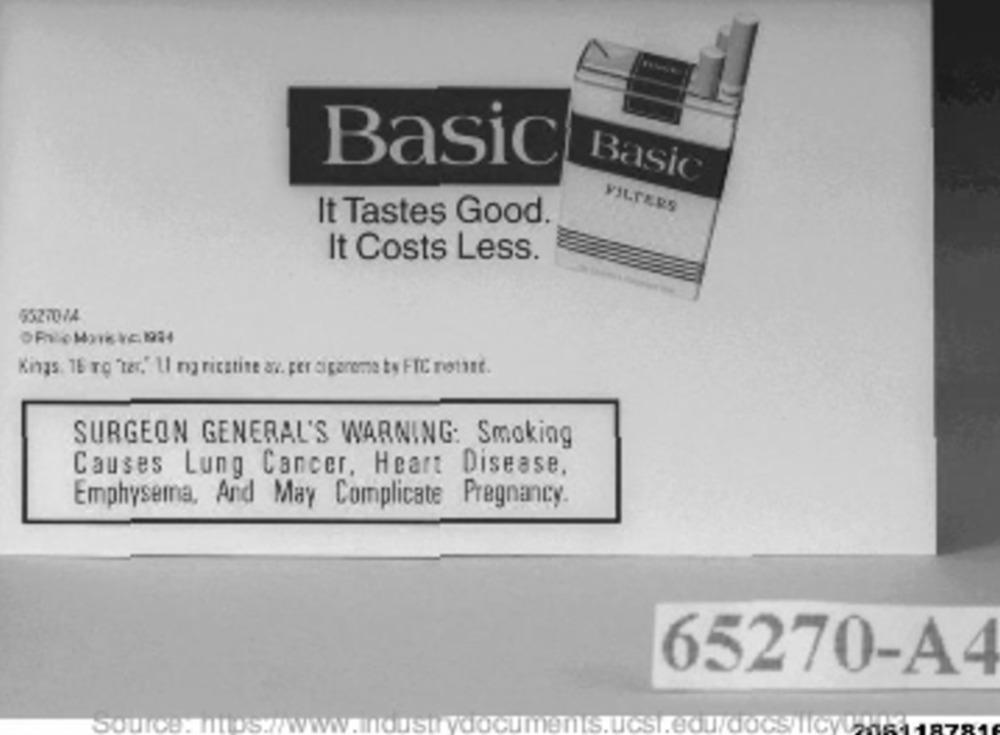
Basic
Basic
FILTERS
It Tastes Good
It Costs Less.
5527014
Kings. 16 ro Tar." Ll nig ricatine av. per ciparome ty FIC retint.
SURGEON GENERAL'S WARNING: Smoking
Causes Lung Cancer, Heart Disease.
Emphysema, And May Complicate Pregnancy
65270-A4
S.UCSI.eOu/Co